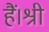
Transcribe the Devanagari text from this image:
हैं।श्री